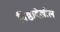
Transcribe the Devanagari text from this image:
विष्ठादेखील